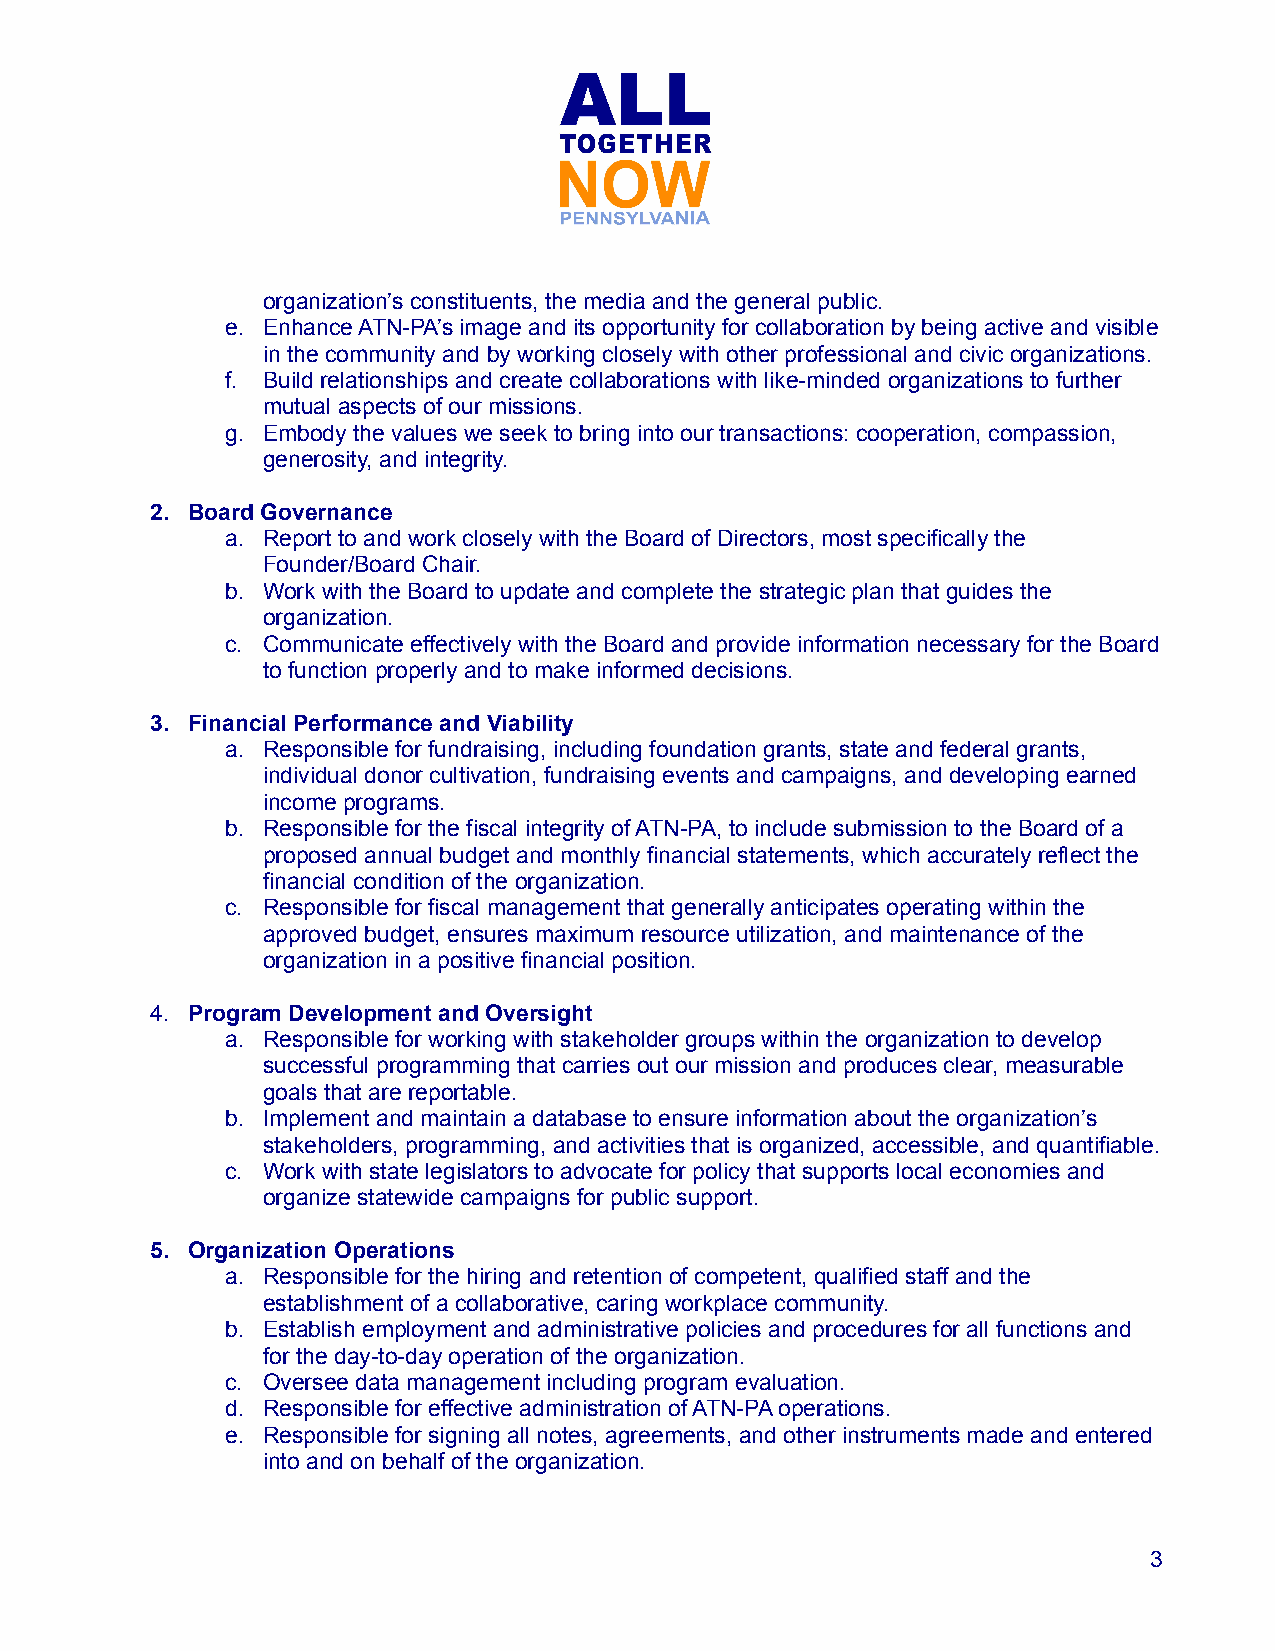
organization’s constituents, the media and the general public.
 e. Enhance ATN-PA’s image and its opportunity for collaboration by being active and visible
 in the community and by working closely with other professional and civic organizations.
 f. Build relationships and create collaborations with like-minded organizations to further
 mutual aspects of our missions.
 g. Embody the values we seek to bring into our transactions: cooperation, compassion,
 generosity, and integrity.
 2. Board Governance
 a. Report to and work closely with the Board of Directors, most specifically the
 Founder/Board Chair.
 b. Work with the Board to update and complete the strategic plan that guides the
 organization.
 c. Communicate effectively with the Board and provide information necessary for the Board
 to function properly and to make informed decisions.
 3. Financial Performance and Viability
 a. Responsible for fundraising, including foundation grants, state and federal grants,
 individual donor cultivation, fundraising events and campaigns, and developing earned
 income programs.
 b. Responsible for the fiscal integrity of ATN-PA, to include submission to the Board of a
 proposed annual budget and monthly financial statements, which accurately reflect the
 financial condition of the organization.
 c. Responsible for fiscal management that generally anticipates operating within the
 approved budget, ensures maximum resource utilization, and maintenance of the
 organization in a positive financial position.
 4. Program Development and Oversight
 a. Responsible for working with stakeholder groups within the organization to develop
 successful programming that carries out our mission and produces clear, measurable
 goals that are reportable.
 b. Implement and maintain a database to ensure information about the organization’s
 stakeholders, programming, and activities that is organized, accessible, and quantifiable.
 c. Work with state legislators to advocate for policy that supports local economies and
 organize statewide campaigns for public support.
 5. Organization Operations
 a. Responsible for the hiring and retention of competent, qualified staff and the
 establishment of a collaborative, caring workplace community.
 b. Establish employment and administrative policies and procedures for all functions and
 for the day-to-day operation of the organization.
 c. Oversee data management including program evaluation.
 d. Responsible for effective administration of ATN-PA operations.
 e. Responsible for signing all notes, agreements, and other instruments made and entered
 into and on behalf of the organization.
 3